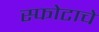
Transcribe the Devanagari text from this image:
स्फोटाचे